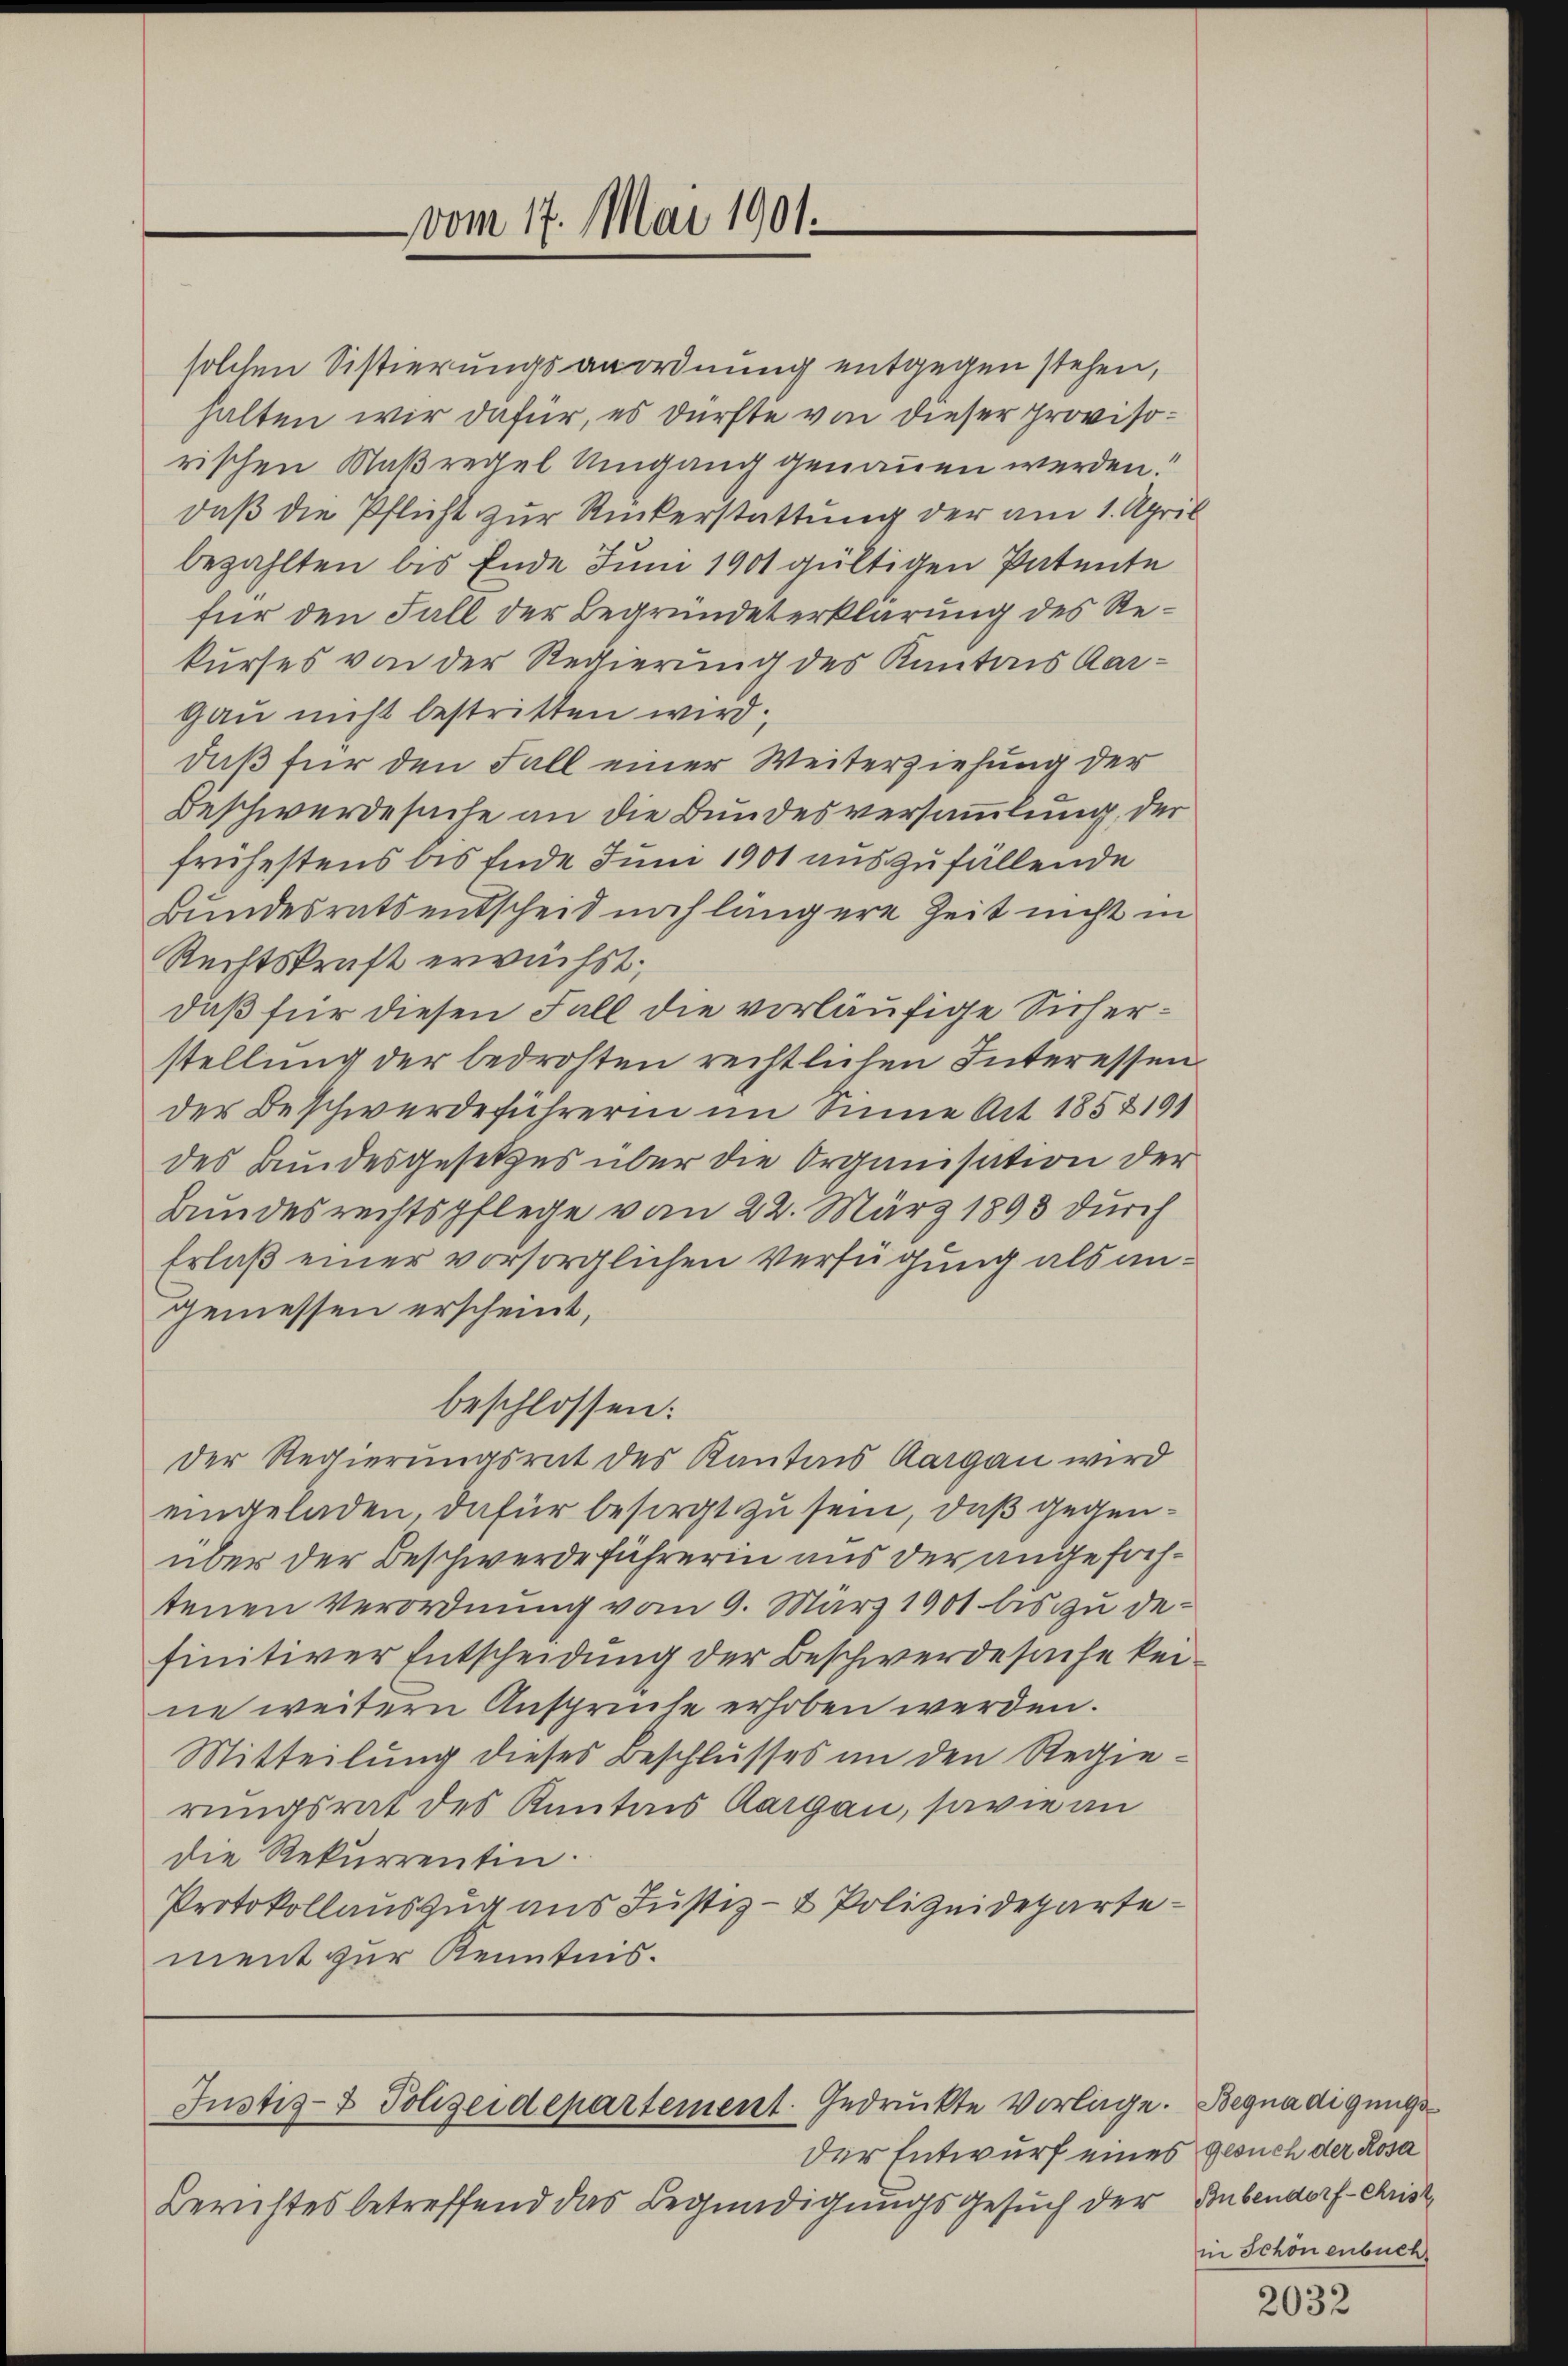
vom 17. Mai 1901.

solchen Sistierungsanordnung entgegen stehen,
halten wir dafür, es dürfte von dieser provisorischen Naßregel Umgang genauen werden.
daß die Pflicht zur Rückerstattung der am 1. April
bezahlten bis Ende Juni 1901 gültigen Patente
für den Fall der Begründeterklärung des Rekurses von der Regierung des Kantons Aar¬
Gau nicht bestritten wird.
daß für den Fall einer Weiterziehung der
Beschwerde suche an die Bundesversammlung, der
frühestens bis Ende Juni 1901 auszufällende
Bundesrats entscheid noch längere Zeit nicht in
Rechtskraft erwächst.
daß für diesen Fall die vorläufige Sicherstellung der bedrohten rechtlichen Interessen
der Beschwerdeführerin im Sinne Art 1852191
des Bundesgesetzes über die Organisation der
Bundesrechtspflege vom 22. März 1893 durch
Erlaß einer vorsorglichen Verfügung als angemessen erscheint,
beschlossen:
Der Regierungsrat des Kantons Aargau wird
eingeladen, dafür besorgt zu sein, daß gegenüber der Beschwerde führerin aus der angefochtenen Verordnung vom 9. März 1901 bis zu definitiver Entscheidung der Beschwerde suche kei
ne weitern Ansprüche erhoben werden.
Mitteilung dieses Beschlusses in den Regierungsrat des Kantons Aargau, sowie an
die Rekurrentin.
Protokollauszug aus Justiz- & Polizeidepartement zur Kenntnis.

Justiz- & Polizeidepartement. Gedruckte Vorlage. Begnadigungs¬

der Entwurf eines gesuch der Rosa
Berichtes betreffend das Begnadigungsgesuch der

Bubendorf- Christ
in Schönenbuch.

2032